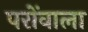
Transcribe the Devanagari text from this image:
परोंवाला